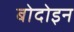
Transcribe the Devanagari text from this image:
बोदोइन